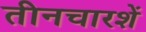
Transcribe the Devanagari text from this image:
तीनचारशें